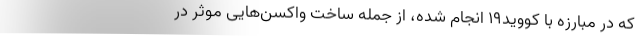
که در مبارزه با کووید۱۹ انجام شده، از جمله ساخت واکسن‌هایی موثر در